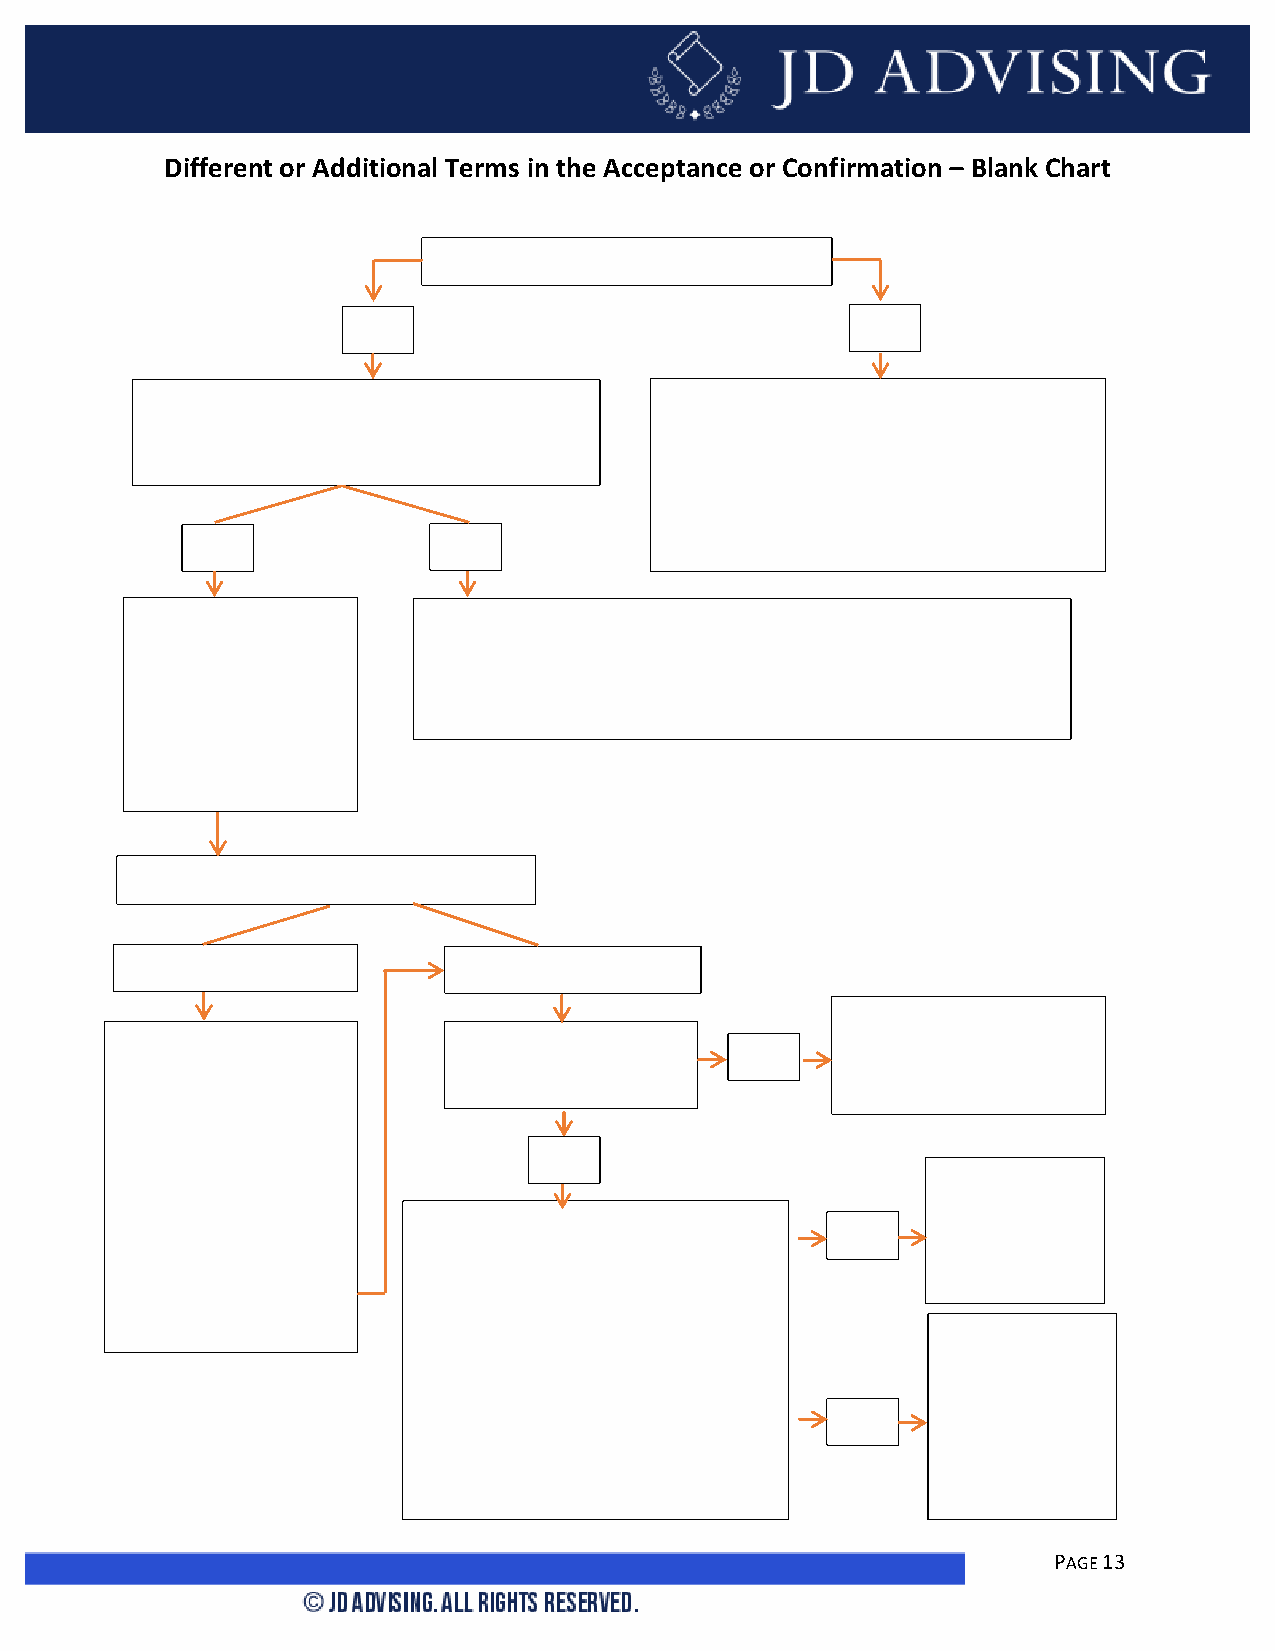
Different or Additional Terms in the Acceptance or Confirmation – Blank Chart
 Does the transaction fall under the UCC?
 Yes                              No
 Did the “acceptance” say that the acceptance Common Law: Mirror Image Rule applies.
 was expressly made conditional on assent to The “acceptance” is treated as counter-­‐offer
 the d ifferent or additional terms? and if the parties act like a contract exists,
 then whoever sent the last piece of paper
 gets their terms in (“last shot rule”).
 No              Yes
 A con tract is formed No contract is formed by the writings. It was a “fake acceptance”
 (so long as there was (counteroffer). However, if the parties still acted like they had a
 a definite and     contract, the terms of the contract are the writings that both
 seaso nable        parties agree upon and UCC gap fillers.
 expression of
 acceptance).
 Are th e terms different or additional?
 Differe nt           Additional
 Additional terms are
 Majorit y Rule: Knock First question: Are both  “proposals” which can be
 No
 Out Doctrine applies. parties merchants?        accepted or rejected.
 The different terms are
 knocked out and
 replaced by UCC Gap         Yes
 fillers.                                              Additional
 terms are part
 Minority Rule: Treat                                  of the contract.
 the sam e as additional
 terms
 Additional terms
 are not part of
 the contract.
 (They are proposals
 which can be
 accepted or
 rejected).
 PAGE 13